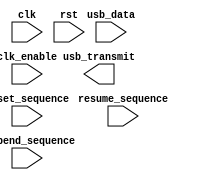
module usb_bus_controller (
    input wire clk,
    input wire rst,
    input wire usb_data,
    output reg usb_transmit,
    input wire clk_enable,
    input wire reset_sequence,
    input wire suspend_sequence,
    input wire resume_sequence
);

// Timing control and synchronization blocks

// Clock management
always @(posedge clk) begin
    if (clk_enable) begin
        // Clock management code here
    end
end

// Data communication control
always @(posedge clk) begin
    if (rst) begin
        // Reset sequence code here
    end else if (reset_sequence) begin
        // Handle reset state
    end else if (suspend_sequence) begin
        // Handle suspend state
    end else if (resume_sequence) begin
        // Handle resume state
    end else begin
        // Handle normal data transmission
    end
end

endmodule